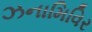
ઝનામિવિર